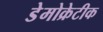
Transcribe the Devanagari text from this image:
डेेमोक्रेटीक